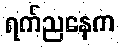
ရက်ညနေက